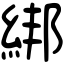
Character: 綁